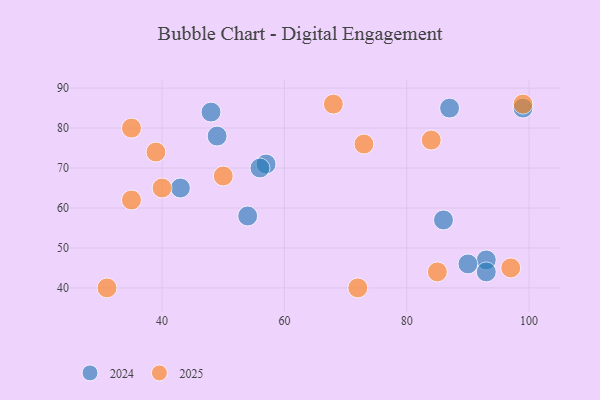
{"axis": {"x": "GDP", "y": "Life Expectancy"}, "legend": ["2024", "2025"], "data": [{"x": "97", "y": 45, "type": "2025"}, {"x": "85", "y": 44, "type": "2025"}, {"x": "39", "y": 74, "type": "2025"}, {"x": "50", "y": 68, "type": "2025"}, {"x": "99", "y": 86, "type": "2025"}, {"x": "35", "y": 80, "type": "2025"}, {"x": "72", "y": 40, "type": "2025"}, {"x": "73", "y": 76, "type": "2025"}, {"x": "40", "y": 65, "type": "2025"}, {"x": "35", "y": 62, "type": "2025"}, {"x": "31", "y": 40, "type": "2025"}, {"x": "84", "y": 77, "type": "2025"}, {"x": "68", "y": 86, "type": "2025"}, {"x": "99", "y": 85, "type": "2024"}, {"x": "93", "y": 47, "type": "2024"}, {"x": "86", "y": 57, "type": "2024"}, {"x": "54", "y": 58, "type": "2024"}, {"x": "49", "y": 78, "type": "2024"}, {"x": "57", "y": 71, "type": "2024"}, {"x": "87", "y": 85, "type": "2024"}, {"x": "43", "y": 65, "type": "2024"}, {"x": "90", "y": 46, "type": "2024"}, {"x": "48", "y": 84, "type": "2024"}, {"x": "56", "y": 70, "type": "2024"}, {"x": "93", "y": 44, "type": "2024"}]}